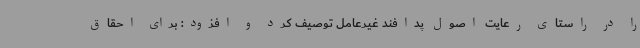
را در راستای رعایت اصول پدافند غیرعامل توصیف کرد و افزود: برای احقاق